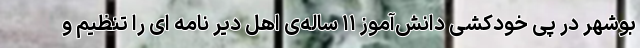
بوشهر در پی خودکشی دانش‌آموز ۱۱ ساله‌ی اهل دیّر نامه ای را تنظیم و